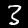
Label: 3